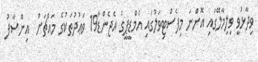
ވިދާޅުވީ ވިލިމާލޭގައި އޮންނަ މިފެސްޓިވަލުގައި އެމްޑީޕީގެ އެޖެންޑާ19 ވަޢުދުތަކުގެ މައްޗަށް  އިންސާފު